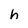
Character: h